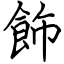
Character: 飾